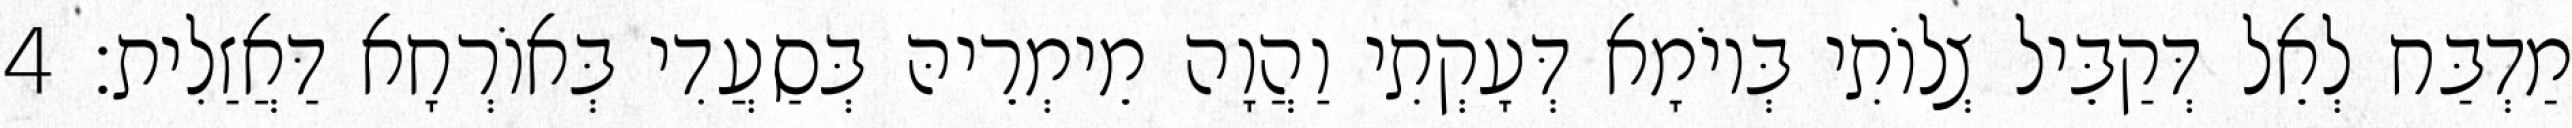
מַדְבַּח לְאֵל דְּקַבֵּיל צְלוֹתִי בְּיוֹמָא דְּעָקְתִי וַהֲוָה מֵימְרֵיהּ בְּסַעֲדִי בְּאוֹרְחָא דַּאֲזַלִית׃ 4